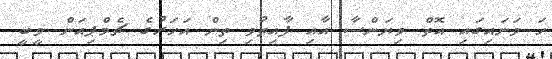
ހަ ވަނައިގައި އޮތް ވިޔަންސާ އާއި ފާއިތުވި ތިން އަހަރުގެ ޗެމްޕިއަން ވީބީ